Indian Medical Review
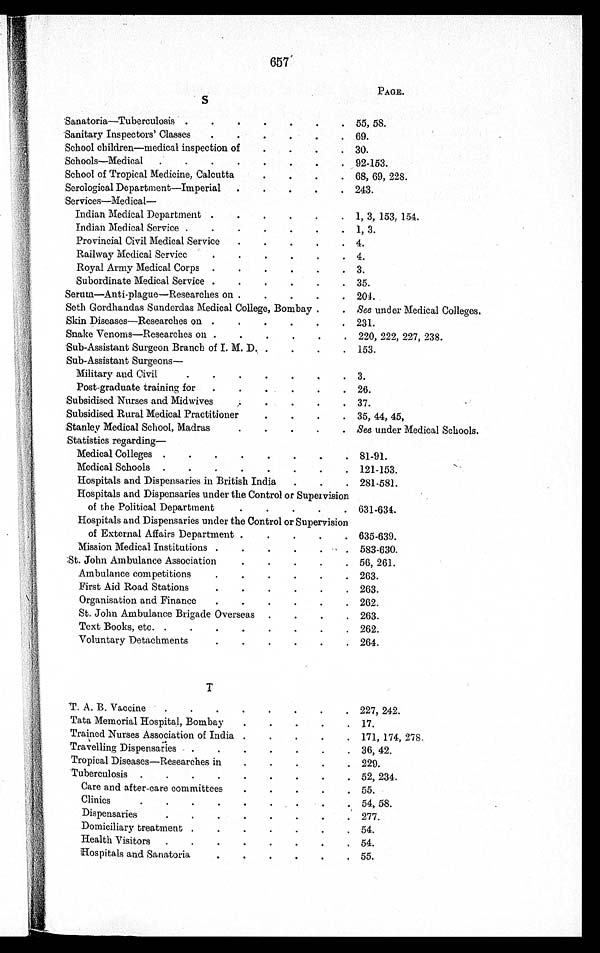
657
PAGE.
S
Sanatoria—Tuberculosis .
.
.
.
.
.
. 55, 58.
Sanitary Inspectors' Classes
.
.
.
.
.
. 69.
School children—medical inspection of
.
.
.
. 30.
Schools—Medical
.
.
.
.
.
.
.
. 92-153.
School of Tropical Medicine, Calcutta
.
.
.
. 68, 69, 228.
Serological Department—Imperial
.
.
.
.
. 243.
Services—Medical —
Indian Medical Department .
.
.
.
.
. 1, 3, 153, 154.
Indian Medical Service .
.
.
.
.
.
. 1, 3.
Provincial Civil Medical Service
.
.
.
.
. 4.
Railway Medical Service
.
.
.
.
.
. 4.
Royal Army Medical Corps
.
.
.
.
.
. 3.
Subordinate Medical Service .
.
.
.
.
. 35.
Serum—Anti-plague—Researches on .
.
.
.
. 204.
Seth Gordhandas Sunderdas Medical College, Bombay .
. See under Medical Colleges.
Skin Diseases—Researches on .
.
.
.
.
. 231.
Snake Venoms—Researches on .
.
.
.
.
. 220, 222, 227, 238.
Sub-Assistant Surgeon Branch of I. M. D. .
.
.
. 153.
Sub-Assistant Surgeons
—
Military and Civil
.
.
.
.
.
.
. 3.
Post-graduate training for
.
.
.
.
.
. 26.
Subsidised Nurses and Midwives
.
.
.
.
. 37.
Subsidised Rural Medical Practitioner
.
.
.
. 35, 44, 45,
Stanley Medical School, Madras
.
.
.
.
. See under Medical Schools.
Statistics regarding —
Medical Colleges .
.
.
.
.
.
.
. 81-91.
Medical Schools
.
.
.
.
.
.
.
. 121-153.
Hospitals and Dispensaries in British India
.
.
. 281-581.
Hospitals and Dispensaries under the Control or Supervision
of the Political Department
.
.
.
.
. 631-634.
Hospitals and Dispensaries under the Control or Supervision
of External Affairs Department .
.
.
.
. 635-639.
Mission Medical Institutions .
.
.
.
.
. 583-630.
St. John Ambulance Association
.
.
.
.
. 56, 261.
Ambulance competitions
.
.
.
.
.
. 263.
First Aid Road Stations
.
.
.
.
.
. 263.
Organisation and Finance
.
.
.
.
.
. 262.
St. John Ambulance Brigade Overseas
.
.
.
. 263.
Text Books, etc. .
.
.
.
.
.
.
. 262.
Voluntary Detachments
.
.
.
.
.
. 264.
T
T. A. B. Vaccine
.
.
.
.
.
.
.
. 227, 242.
Tata Memorial Hospital, Bombay
.
.
.
.
. 17.
Trained Nurses Association of India .
.
.
.
. 171, 174, 278.
Travelling Dispensaries
.
.
.
.
.
.
. 36, 42.
Tropical Diseases—Researches in
.
.
.
.
. 229.
Tuberculosis .
.
.
.
.
.
.
.
. 52, 234.
Care and after-care committees
.
.
.
.
. 55.
Clinics
. .
.
.
.
.
.
.
. 54, 58.
Dispensaries
.
.
.
.
.
.
.
. 277.
Domiciliary treatment .
.
.
.
.
.
. 54.
Health Visitors
.
.
.
.
.
.
.
. 54.
Hospitals and Sanatoria
.
.
.
.
.
. 55.